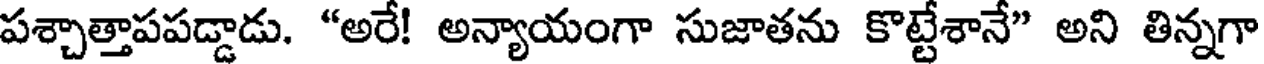
పశ్చాత్తాపపడ్డాడు. "అరే! అన్యాయంగా సుజాతను కొట్టేశానే" అని తిన్నగా